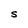
Character: S